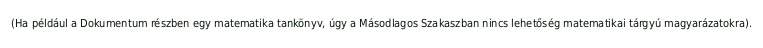
(Ha például a Dokumentum részben egy matematika tankönyv, úgy a Másodlagos Szakaszban nincs lehetőség matematikai tárgyú magyarázatokra).